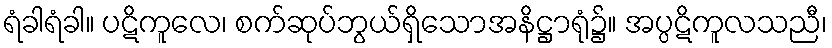
ရံခါရံခါ။ ပဋိကူလေ၊ စက်ဆုပ်ဘွယ်ရှိသောအနိဋ္ဌာရုံ၌။ အပ္ပဋိကူလသညီ၊